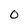
Character: 0